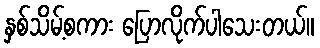
နှစ်သိမ့်စကား ပြောလိုက်ပါသေးတယ်။